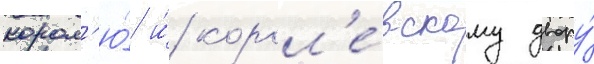
корол'ю́ и́ корол'е́вскому двору́